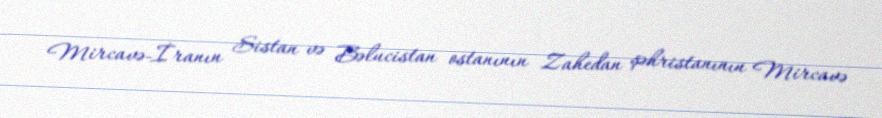
Mircavə-İranın Sistan və Bəlucistan ostanının Zahedan şəhristanının Mircavə